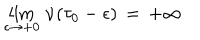
\lim _ { \epsilon \rightarrow + 0 } \, \dot { \nu } ( \tau _ { 0 } - \epsilon ) \, = \, + \infty